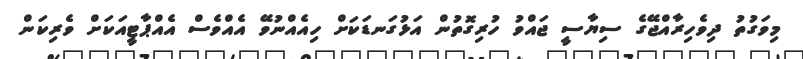
މިވަގުތު ދިވެހިރާއްޖޭގެ ސިޔާސީ ޖައްވު ހުރިގޮތުން އަޅުގަނޑަކަށް ހިއެއްނުވޭ އެއްވެސް އެއްޕާޓީއަކަށް ވެރިކަން